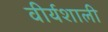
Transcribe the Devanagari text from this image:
वीर्यशाली